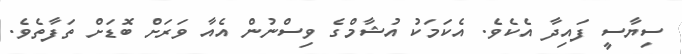
ސިޔާސީ ފައިދާ އެކެވެ. އެކަމަކު އުޝާމްގެ ވިސްނުން އެއާ ވަރަށް ބޮޑަށް ތަފާތެވެ.